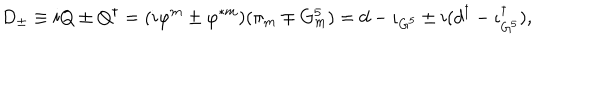
D _ { \pm } \equiv i Q \pm Q ^ { \dagger } = ( i \varphi ^ { m } \pm \varphi ^ { * m } ) ( \pi _ { m } \mp G _ { m } ^ { 5 } ) = d - \iota _ { G ^ { 5 } } \pm i ( d ^ { \dagger } - \iota _ { G ^ { 5 } } ^ { \dagger } ) ,